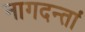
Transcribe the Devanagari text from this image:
नागदन्तां